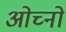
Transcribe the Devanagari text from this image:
ओच्नो